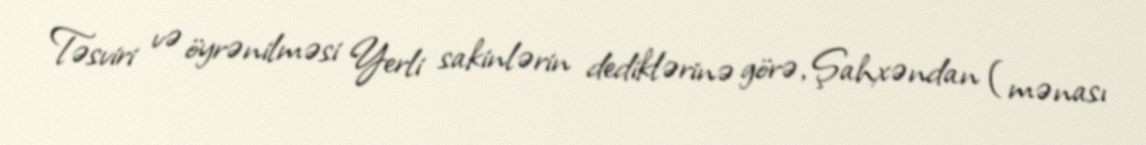
Təsviri və öyrənilməsi Yerli sakinlərin dediklərinə görə, Şahxəndan (mənası